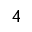
^ 4